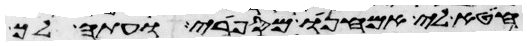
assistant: חטא לי אמחנו מספרי ועתה לך